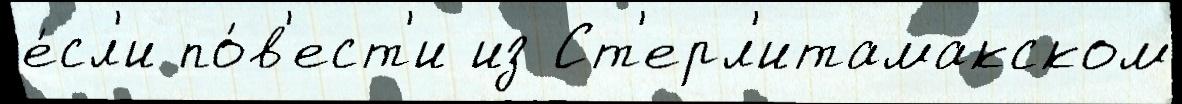
е́сл'и по́в'ест'и из Ст'ерл'итамакском